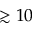
\gtrsim 1 0